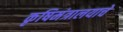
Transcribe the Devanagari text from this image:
कृषिमंत्रालयाचे